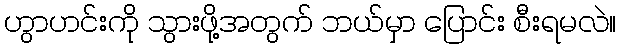
ဟွာဟင်းကို သွားဖို့အတွက် ဘယ်မှာ ပြောင်း စီးရမလဲ။